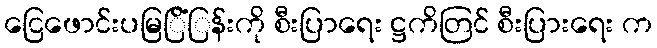
ငြေဖောင်းပမြြိံြန်းကို စီးပြာရေး ဋ္ဌကိတြင် စီးပြားရေး က